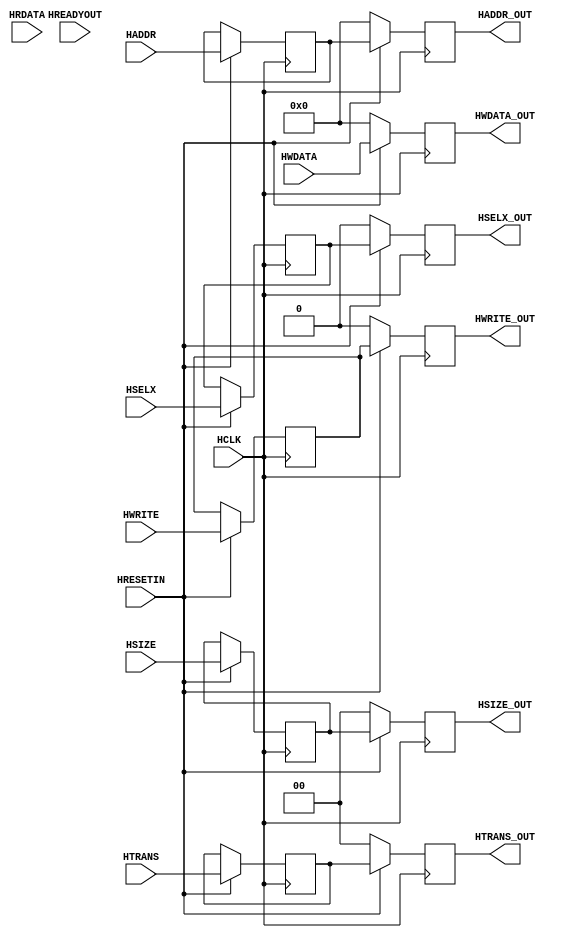
/*
   Design : Universal AHB Lite Interface
   Protocol : AHB-Lite -> AMBA3
   Engineer : Srimanth Tenneti
   Date : 4th october 2020
   File : Top Level 
   Version : 1
*/

/*
Description : 
-------------
 1)  Peripheral Interface unit
 
 Interface Input:
 ----------------
 1. HSELX : Posedge Trigger
 2. HWRITE : 1 -> Write 0 -> Read
 3. HTRANS : Non - Seq (Default)
 4. HSIZE : 2bit
 5. HADDR : 32 bit
 6. HRESETIN : Negedge Trigger
 
 Pipeline : 1 stage
*/

module AHB_Interface(
  input HCLK,
  input HRESETIN,
  input HSELX,
  input HWRITE,
  input [1:0]HTRANS,
  input [1:0]HSIZE,
  input [31:0]HADDR,
  input [31:0]HWDATA,
  input[31:0]HRDATA,
  input HREADYOUT,
  output reg HSELX_OUT,
  output reg HWRITE_OUT,
  output reg [1:0]HTRANS_OUT,
  output reg [1:0]HSIZE_OUT,
  output reg [31:0]HADDR_OUT,
  output reg [31:0]HWDATA_OUT
);
  
  reg HSELX_TEMP;
  reg HWRITE_TEMP;
  reg [1:0]HTRANS_TEMP;
  reg [1:0]HSIZE_TEMP;
  reg [31:0]HADDR_TEMP;
  reg [31:0]HWDATA_TEMP;
  
  always @ (posedge HCLK)
    begin
      if(!HRESETIN)
        begin
           HWDATA_OUT <= 0;
        end
      else
        begin
           HWDATA_OUT <= HWDATA; 
        end
    end
  
  always @ (posedge HCLK)
    begin
      if(!HRESETIN)
        begin
           HSELX_OUT <= 0;
           HWRITE_OUT <= 0;
           HTRANS_OUT <= 0;
           HSIZE_OUT <= 0;
           HADDR_OUT <= 0;
        end
      
      else
        begin
           
           HSELX_TEMP <= HSELX;
           HSELX_OUT  <= HSELX_TEMP;
          
           HWRITE_TEMP <= HWRITE;
           HWRITE_OUT <= HWRITE_TEMP;

           HTRANS_TEMP <= HTRANS;
           HTRANS_OUT <= HTRANS_TEMP;

           HSIZE_TEMP <= HSIZE; 
           HSIZE_OUT <= HSIZE_TEMP;

           HADDR_TEMP <= HADDR;
           HADDR_OUT <= HADDR_TEMP;
        end  
    end
endmodule